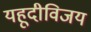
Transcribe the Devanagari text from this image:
यहूदीविजय